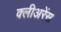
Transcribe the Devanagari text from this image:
क्लीअरेंस